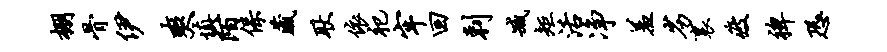
棚骨伊爽慎陌保藏耿依祀牢回剌臧矩活净羞劣里疲裨恐